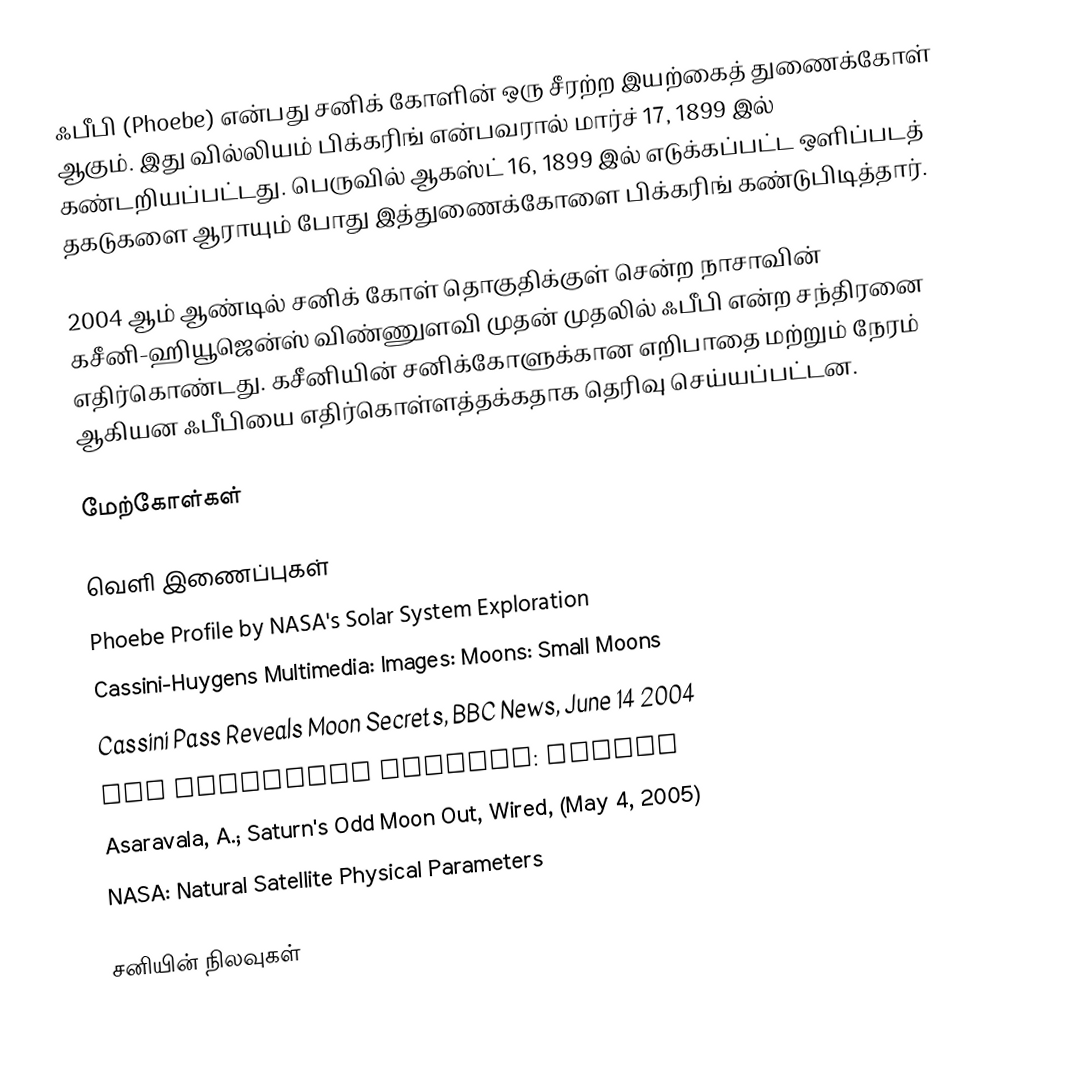
ஃபீபி (Phoebe) என்பது சனிக் கோளின் ஒரு சீரற்ற இயற்கைத் துணைக்கோள் ஆகும். இது வில்லியம் பிக்கரிங் என்பவரால் மார்ச் 17, 1899 இல் கண்டறியப்பட்டது. பெருவில் ஆகஸ்ட் 16, 1899 இல் எடுக்கப்பட்ட ஒளிப்படத் தகடுகளை ஆராயும் போது இத்துணைக்கோளை பிக்கரிங் கண்டுபிடித்தார்.

2004 ஆம் ஆண்டில் சனிக் கோள் தொகுதிக்குள் சென்ற நாசாவின் கசீனி-ஹியூஜென்ஸ் விண்ணுளவி முதன் முதலில் ஃபீபி என்ற சந்திரனை எதிர்கொண்டது. கசீனியின் சனிக்கோளுக்கான எறிபாதை மற்றும் நேரம் ஆகியன ஃபீபியை எதிர்கொள்ளத்தக்கதாக தெரிவு செய்யப்பட்டன.

மேற்கோள்கள்

வெளி இணைப்புகள்
 Phoebe Profile  by NASA's Solar System Exploration
 Cassini-Huygens Multimedia: Images: Moons: Small Moons
 Cassini Pass Reveals Moon Secrets, BBC News, June 14 2004
 The Planetary Society: Phoebe
 Asaravala, A.; Saturn's Odd Moon Out, Wired, (May 4, 2005)
 NASA: Natural Satellite Physical Parameters

சனியின் நிலவுகள்